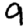
Digit: 9